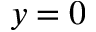
y = 0